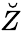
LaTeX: \breve{Z}